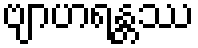
ဗျာဟရန္တဿ